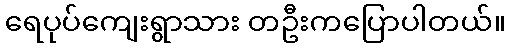
ရေပုပ်ကျေးရွာသား တဦးကပြောပါတယ်။